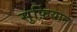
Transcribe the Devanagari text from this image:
सुफ़ियान